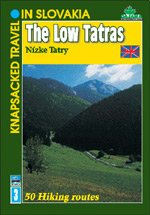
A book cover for The Low Tatras: 50 Hiking Routes; Jan Lacika; Travel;